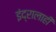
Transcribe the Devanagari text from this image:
इंद्रालाही